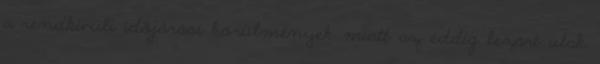
a rendkívüli időjárási körülmények miatt az eddig lezárt utak